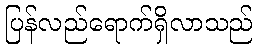
ပြန်လည်ရောက်ရှိလာသည်